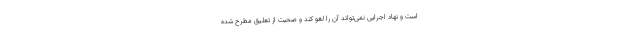
است و نهاد اجرایی نمی‌تواند آن را لغو کند و صحبت از تعلیق مطرح شده